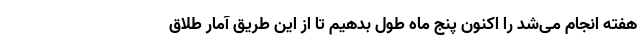
هفته انجام می‌شد را اکنون پنج ماه طول بدهیم تا از این طریق آمار طلاق